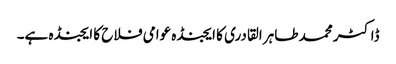
ڈاکٹر محمد طاہر القادری کا ایجنڈہ عوامی فلاح کا ایجنڈہ ہے۔